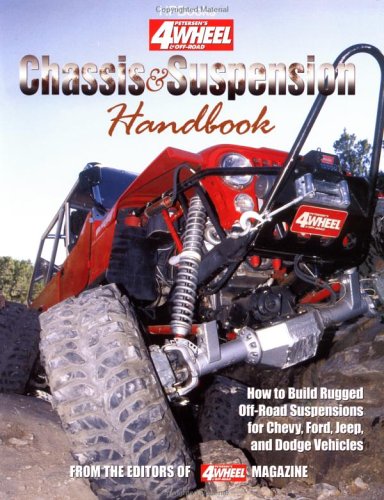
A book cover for Chassis & Suspension Handbook (Petersens 4 Wheel & Off Road); Carl Munroe; Engineering & Transportation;